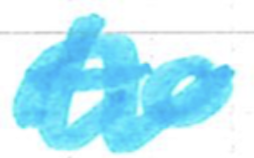
Text: to
Cross-out: wave
Writing tool: marker